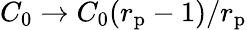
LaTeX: C_{0}\to C_{0}(r_{\mathrm{p}}-1)/r_{\mathrm{p}}